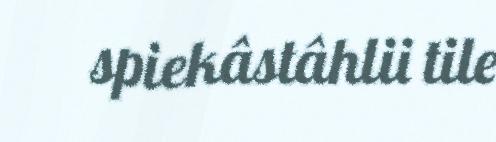
spiekâstâhlii tile